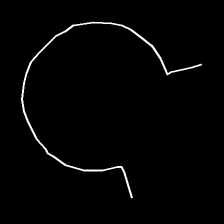
Glyph: weave